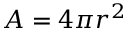
A = 4 \pi r ^ { 2 }